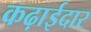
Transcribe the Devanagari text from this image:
कढ़ाईदार